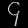
Digit: ၄